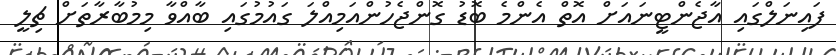
ފައިނަލްގައި އާޖެންޓީނައަށް އޮތް އެންމެ ބޮޑު ގޮންޖެހުންއަމިއްލަ ގައުމުގައި ބާއްވާ މިމުބާރާތަށް ޗިލީ